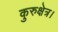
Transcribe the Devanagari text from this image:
कुरुक्षेत्र।